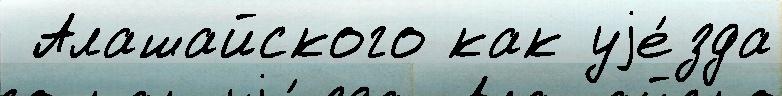
 Алашайского как уjе́зда